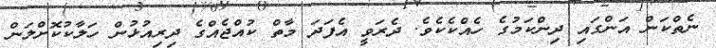
ނެތްކަން އަންގައި ދިންކަމުގެ ހެއްކެކެވެ. ދެރަވީ އެފަދަ މާތް ކުއްޖެއްގެ ދިރިއުޅުން ހަލާކުކޮށްލަން